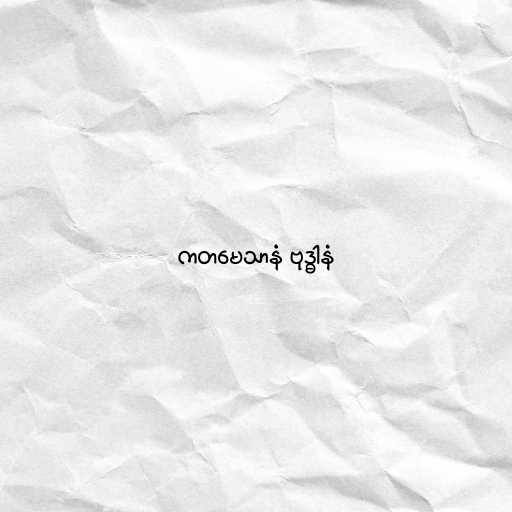
ကတမေသာနံ ဗုဒ္ဓါနံ